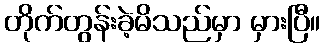
တိုက်တွန်းခဲ့မိသည်မှာ မှားပြီ။